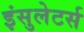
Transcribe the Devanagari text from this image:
इंसुलेटर्स